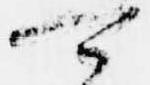
可